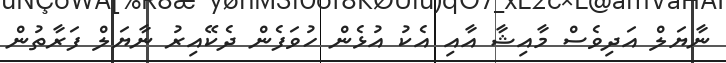
ނާޔަލް އަދިވެސް މާއިޝާ އާއި އެކު އުޅެން ހުވަފެން ދެކޭއިރު ނާޔަލް ފަރާތުން